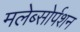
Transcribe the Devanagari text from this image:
मलेब्सोर्पशन